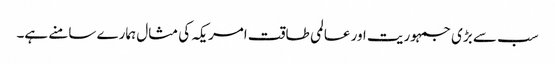
سب سے بڑی جمہوریت اور عالمی طاقت امریکہ کی مثال ہمارے سامنے ہے۔